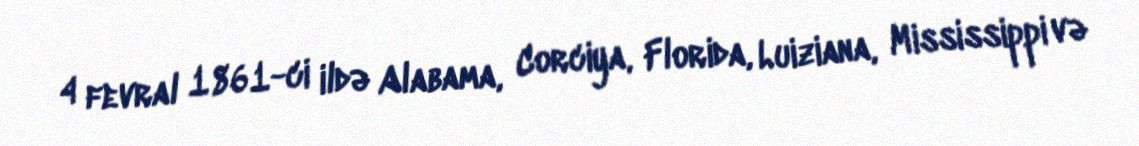
4 fevral 1861-ci ildə Alabama, Corciya, Florida, Luiziana, Mississippi və